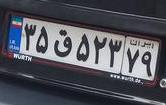
۳۵ق۵۲۳۷۹